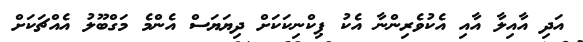
އަދި އާއިލާ އާއި އެކުވެރިންނާ އެކު ޕިކްނިކަކަށް ދިޔަޔަސް އެންމެ މަގްބޫލު އެއްޗަކަށް